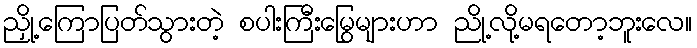
ညှို့ကြောပြတ်သွားတဲ့ စပါးကြီးမြွေများဟာ ညို့လို့မရတော့ဘူးလေ။